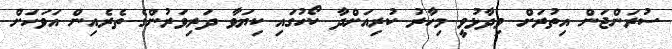
ސުރަންޖަން އިތުރަށް ވިދާޅުވީ މިހާރު ކުރިއަށްދާ ކޯހުގައި ކިޔަވާ ދަރިވަރުންގެ ތެރެއިން އަވަހަށް